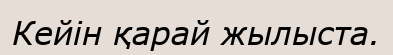
Кейін қарай жылыста.